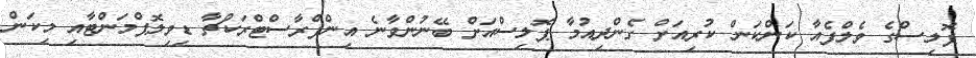
ޕޮލިސްގެ ވެލްފެއާ ކަންކަން ކުރިއަށް ގެންދިއުމާ ޕޮލިސްއަށް ބޭނުންވާނެ އިންފްރާސްޓްރަކްޗާ ޑިވިލޮޕްމަންޓާއި މިކަން